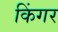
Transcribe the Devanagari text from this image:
किंगर